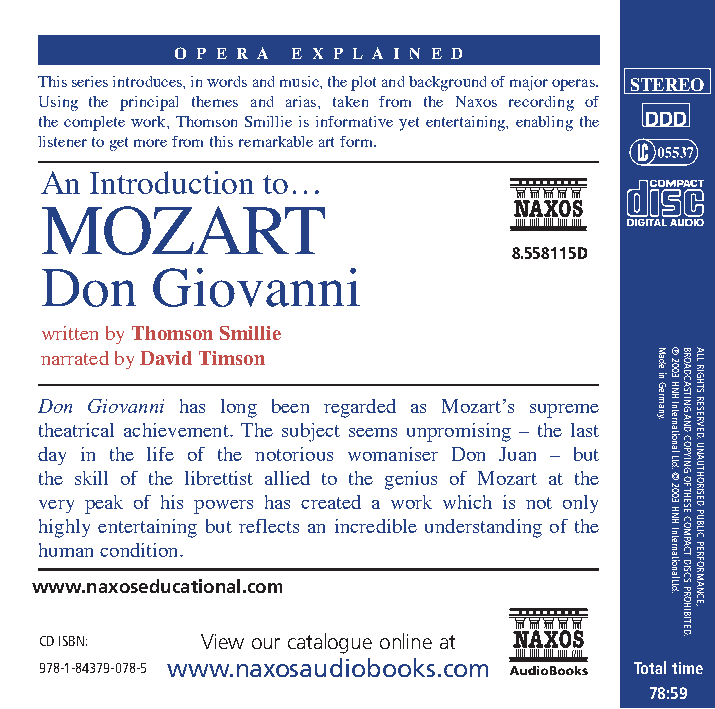
OP E R A EX P L A I N E D
 This series introduces, in words and music, the plot and background of major operas. STEREO
 Using the principal themes and arias, taken from the Naxos recording of
 DDD
 the complete work, Thomson Smillie is informative yet entertaining, enabling the
 listener to get more from this remarkable art form.
 An Introduction to…
 MOZART
 8.558115D
 Don    Giovanni
 written by Thomson Smillie
 narrated by David Timson
 Don Giovanni has long been regarded as Mozart’s supreme
 theatrical achievement. The subject seems unpromising – the last
 day in the life of the notorious womaniser Don Juan – but
 the skill of the librettist allied to the genius of Mozart at the
 very peak of his powers has created a work which is not only
 highly entertaining but reflects an incredible understanding of the
 human condition.
 www.naxoseducational.com
 CD ISBN:  View our catalogue online at
 978-1-84379-078-5 www.naxosaudiobooks.com Total time
 78:59
 Made
 in
 Germany.
 p 2003
 HNH
 International
 Ltd.
 ©
 2003
 HNH
 InternationalLtd.
 BROADCASTING
 AND
 COPYING
 OF
 THESE
 COMPACT
 DISCS
 PROHIBITED.
 ALL RIGHTS
 RESERVED.
 UNAUTHORISED
 PUBLIC
 PERFORMANCE,